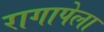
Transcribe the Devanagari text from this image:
रागापेला